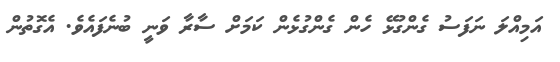
އަމިއްލަ ނަފަސު ގެންގުޅޭ ހެން ގެންގުޅެން ކަމަށް ސާރާ ވަނީ ބުނެފައެވެ. އެގޮތުން